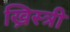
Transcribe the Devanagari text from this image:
ख्रिस्त्री